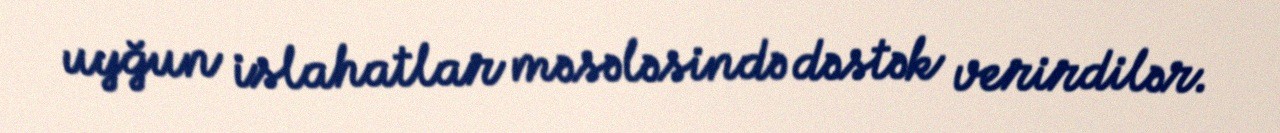
uyğun islahatlar məsələsində dəstək verirdilər.